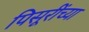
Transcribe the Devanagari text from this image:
पिसूरींच्या